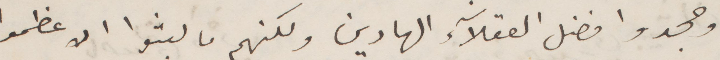
وجحدوا فضل العقلاء الهادين ولكنهم ما لبثوا الا عظموا